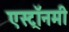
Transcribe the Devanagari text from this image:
एस्‍ट्रॉनमी